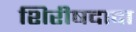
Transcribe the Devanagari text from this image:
शिरीषदादा